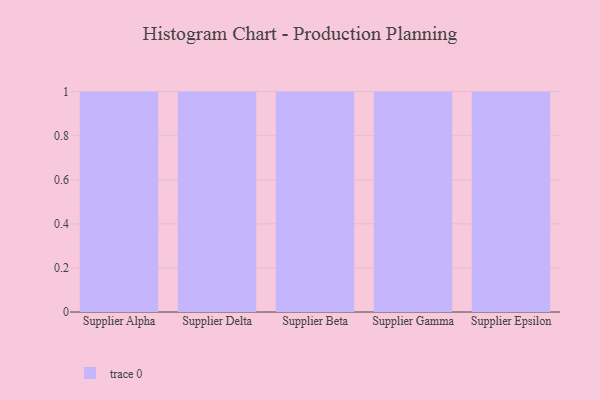
{"axis": {"x": "Supplier", "y": "Population (Million)"}, "legend": [""], "data": [{"x": "Supplier Alpha", "y": 40, "type": ""}, {"x": "Supplier Delta", "y": 10, "type": ""}, {"x": "Supplier Beta", "y": 78, "type": ""}, {"x": "Supplier Gamma", "y": 87, "type": ""}, {"x": "Supplier Epsilon", "y": 41, "type": ""}]}